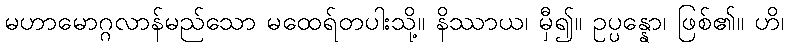
မဟာမောဂ္ဂလာန်မည်သော မထေရ်တပါးသို့။ နိဿာယ၊ မှီ၍။ ဥပ္ပန္နော၊ ဖြစ်၏။ ဟိ၊